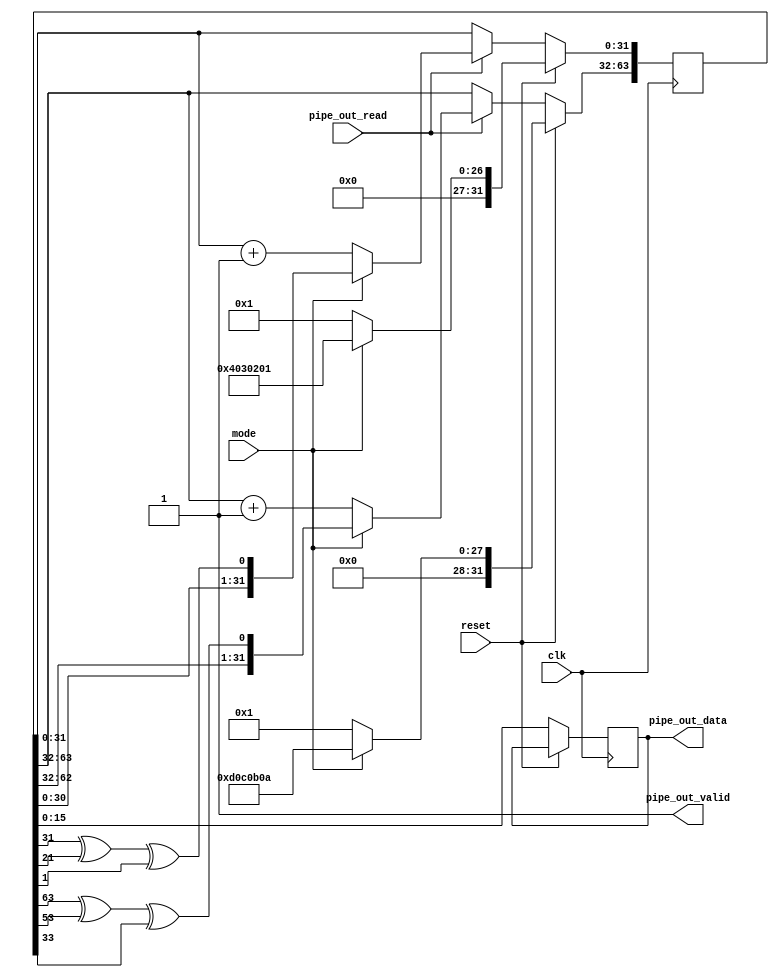
//------------------------------------------------------------------------
// pipe_out_check.v
//
// Generates pseudorandom data for Pipe Out verifications.
//
// Copyright (c) 2005-2010  Opal Kelly Incorporated
// $Rev: 938 $ $Date: 2011-06-14 20:38:50 -0700 (Tue, 14 Jun 2011) $
//------------------------------------------------------------------------
`timescale 1ns / 1ps
`default_nettype none

module pipe_out_check(
	input  wire            clk,
	input  wire            reset,
	input  wire            pipe_out_read,
	output wire [15:0]     pipe_out_data,
	output wire            pipe_out_valid,
	input  wire            mode                // 0=Count, 1=LFSR
	);


reg  [63:0]  lfsr;
reg  [15:0]  lfsr_p1;

assign pipe_out_data = lfsr_p1;
assign pipe_out_valid = 1'b1;

//------------------------------------------------------------------------
// LFSR mode signals
//
// 32-bit: x^32 + x^22 + x^2 + 1
// lfsr_out_reg[0] <= r[31] ^ r[21] ^ r[1]
//------------------------------------------------------------------------
reg [31:0] temp;
always @(posedge clk) begin
	if (reset == 1'b1) begin
		if (mode == 1'b1) begin
			lfsr  <= 64'h0D0C0B0A04030201;
		end else begin
			lfsr  <= 64'h0000000100000001;
		end
	end else begin
			
		lfsr_p1 <= lfsr[15:0];
		
		// Cycle the LFSR
		if (pipe_out_read == 1'b1) begin
			if (mode == 1'b1) begin
				temp = lfsr[31:0];
				lfsr[31:0]  <= {temp[30:0], temp[31] ^ temp[21] ^ temp[1]};
				temp = lfsr[63:32];
				lfsr[63:32] <= {temp[30:0], temp[31] ^ temp[21] ^ temp[1]};
			end else begin
				lfsr[31:0]  <= lfsr[31:0]  + 1'b1;
				lfsr[63:32] <= lfsr[63:32] + 1'b1;
			end
		end
	end
end

endmodule